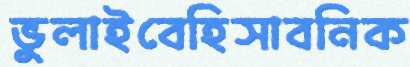
ভুলাইবেহিসাবনিক